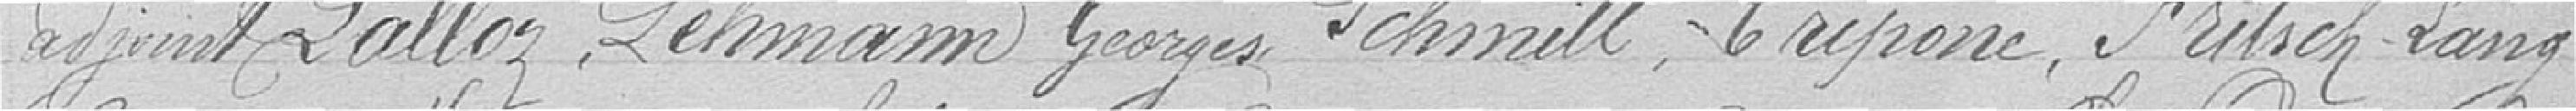
adjoint LALLOZ, LEHMANN Georges, SCHMITT, TRIPONC, FRITSCH Lang,